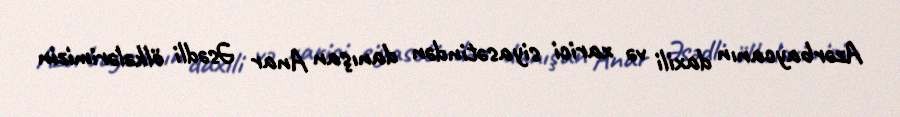
Azərbaycanın daxili və xarici siyasətindən danışan Anar Əsədli ölkələrimizin